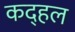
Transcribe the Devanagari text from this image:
कद्हल